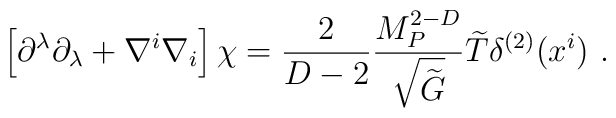
\left[\partial^\lambda\partial_\lambda+\nabla^i\nabla_i\right]\chi= {2\over{D-2}}{M_P^{2-D}\over \sqrt{\widetilde G}}{\widetilde T}\delta^{(2)}(x^i)~.